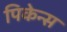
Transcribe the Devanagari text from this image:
पिकेन्स